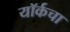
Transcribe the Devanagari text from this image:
यॉर्कचा